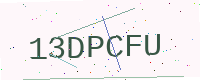
Text: 13DPCFU